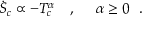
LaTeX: { \dot { S } } _ { c } \propto - T _ { c } ^ { \alpha } ~ ~ ~ , ~ ~ ~ ~ \alpha \geq 0 ~ ~ .